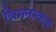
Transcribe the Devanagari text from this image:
विमनस्कता